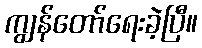
ကျွန်တော်ရေးခဲ့ပြီ။